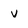
Character: v